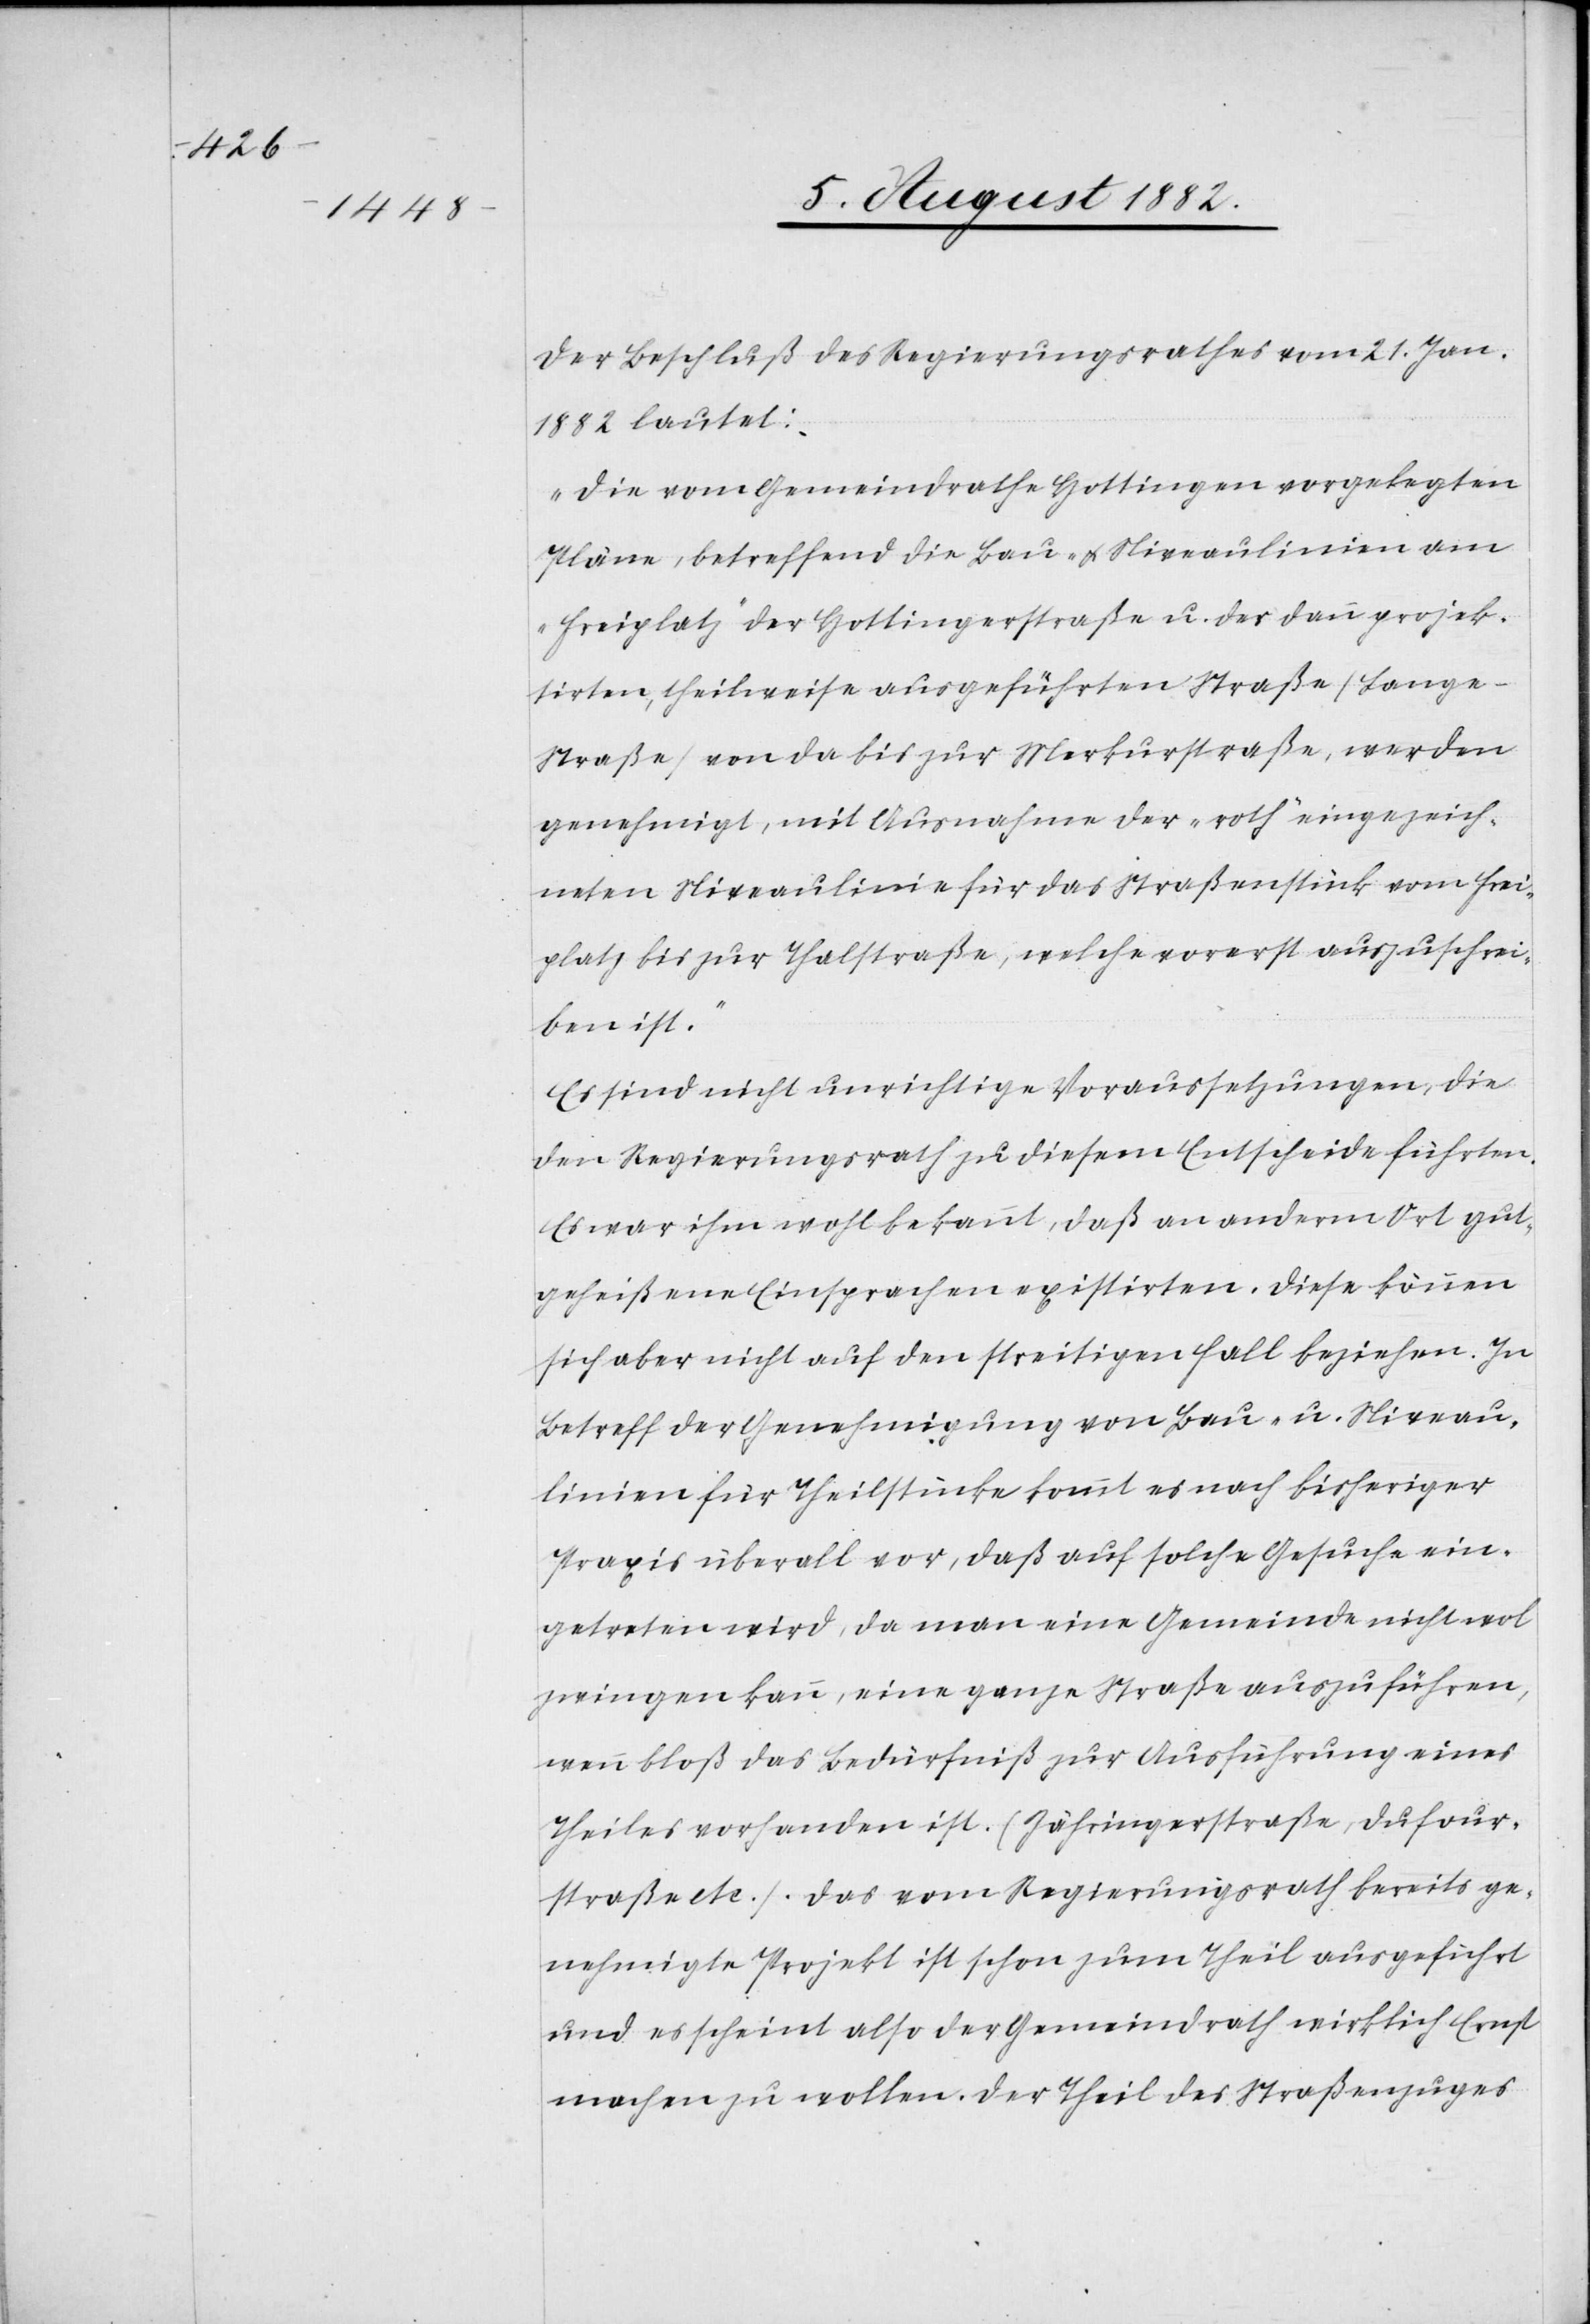
Der Beschluß des Regierungsrathes vom 21. Jan.
1882 lautet:
„Die vom Gemeindrath Hottingen vorgelegten
Pläne, betreffend die Bau- & Niveaulinien am
„Freiplatz“ der Hottingerstraße u. der dann projek¬
tirten, theilweise ausgeführten Straße (Lang¬
e-Straße) von da bis zur Merkurstraße, werden
genehmigt, mit Ausnahme der „roth“ eingezeich¬
neten Niveaulinie für das Straßenstück vom Frei¬
platz bis zur Thalstraße, welche vorerst auszuschrei¬
ben ist.“
Es sind nicht unrichtige Voraussetzungen, die
den Regierungsrath zu diesem Entscheide führten.
Es war ihm wohl bekannt, daß an anderm Ort gut¬
geheißene Einsprachen existirten. Diese können
sich aber nicht auf den streitigen Fall beziehen. In
Betreff der Genehmigung von Bau- u. Niveau¬
linien für Theilstücke kommt es nach bisheriger
Praxis überall vor, daß auf solche Gesuche ein¬
getreten wird, da man eine Gemeinde nicht wol
zwingen kann, eine ganze Straße auszuführen,
wenn bloß das Bedürfniß zur Ausführung eines
Theiles vorhanden ist. (Zähringerstraße, Dufour¬
straße etc.). Das vom Regierungsrath bereits ge¬
nehmigte Projekt ist schon zum Theil ausgeführt
und es scheint also der Gemeindrath wirklich Ernst
machen zu wollen. Der Theil des Straßenzuges